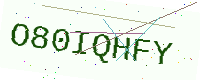
Text: O80IQHFY